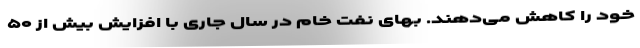
خود را کاهش می‌دهند. بهای نفت خام در سال جاری با افزایش بیش از ۵۰